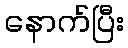
နောက်ပြီး